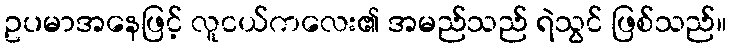
ဥပမာအနေဖြင့် လူငယ်ကလေး၏ အမည်သည် ရဲသွင် ဖြစ်သည်။